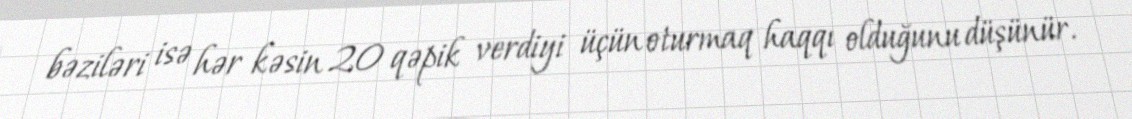
bəziləri isə hər kəsin 20 qəpik verdiyi üçün oturmaq haqqı olduğunu düşünür.